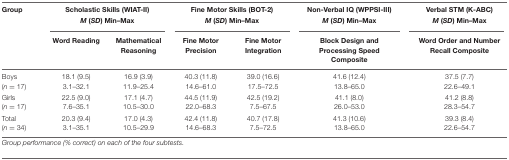
<table><thead><tr><td><b>Group</b></td><td colspan="2"><b>Scholastic Skills (WIAT-II)</b></td><td colspan="2"><b>Fine Motor Skills (BOT-2)</b></td><td><b>Non-Verbal IQ (WPPSI-III)</b></td><td><b>Verbal STM (K-ABC)</b></td></tr><tr><td></td><td colspan="2"><b><i>M</i> (<i>SD</i>) Min–Max</b></td><td colspan="2"><b><i>M</i> (<i>SD</i>) Min–Max</b></td><td><b><i>M</i> (<i>SD</i>) Min–Max</b></td><td><b><i>M</i> (<i>SD</i>) Min–Max</b></td></tr><tr><td></td><td><b>Word Reading</b></td><td><b>Mathematical Reasoning</b></td><td><b>Fine Motor Precision</b></td><td><b>Fine Motor Integration</b></td><td><b>Block Design and Processing Speed Composite</b></td><td><b>Word Order and Number Recall Composite</b></td></tr></thead><tbody><tr><td>Boys (<i>n</i> = 17)</td><td>18.1 (9.5)3.1–32.1</td><td>16.9 (3.9)11.9–25.4</td><td>40.3 (11.8)14.6–61.0</td><td>39.0 (16.6)17.5–72.5</td><td>41.6 (12.4)13.8–65.0</td><td>37.5 (7.7)22.6–49.1</td></tr><tr><td>Girls (<i>n</i> = 17)</td><td>22.5 (9.0)7.6–35.1</td><td>17.1 (4.7)10.5–30.0</td><td>44.5 (11.9)22.0–68.3</td><td>42.5 (19.2)7.5–67.5</td><td>41.1 (8.0)26.0–53.0</td><td>41.2 (8.8)28.3–54.7</td></tr><tr><td>Total (<i>n</i> = 34)</td><td>20.3 (9.4)3.1–35.1</td><td>17.0 (4.3)10.5–29.9</td><td>42.4 (11.8)14.6–68.3</td><td>40.7 (17.8)7.5–72.5</td><td>41.3 (10.6)13.8–65.0</td><td>39.3 (8.4)22.6–54.7</td></tr></tbody></table>